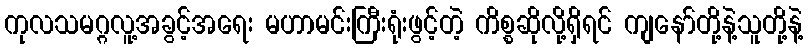
ကုလသမဂ္ဂလူ့အခွင့်အရေး မဟာမင်းကြီးရုံးဖွင့်တဲ့ ကိစ္စဆိုလို့ရှိရင် ကျနော်တို့နဲ့သူတို့နဲ့